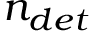
n _ { d e t }